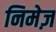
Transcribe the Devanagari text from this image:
निमेज़